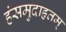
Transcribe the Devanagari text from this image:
हंसमुदाहृतम्